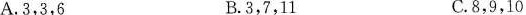
A.3，3，6 B.3，7，11 C.8，9，10